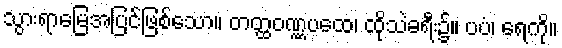
သွားရာမြေအပြင်ဖြစ်သော။ တတ္ထဝဏ္ဏပထေ၊ ထိုသဲခရီး၌။ ပပံ၊ ရေကို။